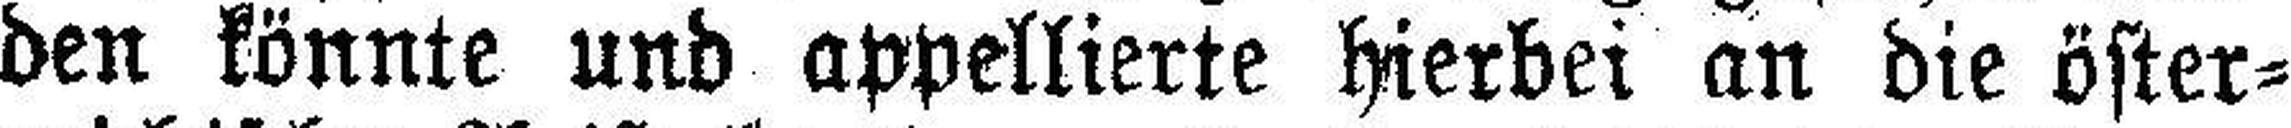
den könnte und appellierte hierbei an die öster¬